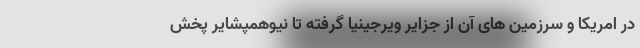
در امریکا و سرزمین های آن از جزایر ویرجینیا گرفته تا نیوهمپشایر پخش